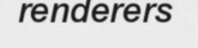
renderers